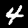
Digit: 4